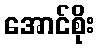
အောင်စိုး